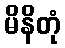
မိနိတုံ